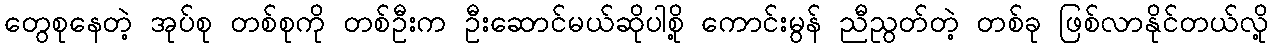
တွေစုနေတဲ့ အုပ်စု တစ်စုကို တစ်ဦးက ဦးဆောင်မယ်ဆိုပါစို့ ကောင်းမွန် ညီညွတ်တဲ့ တစ်ခု ဖြစ်လာနိုင်တယ်လို့